Report of the Imperial Institute of Veterinary Research, Muktesar
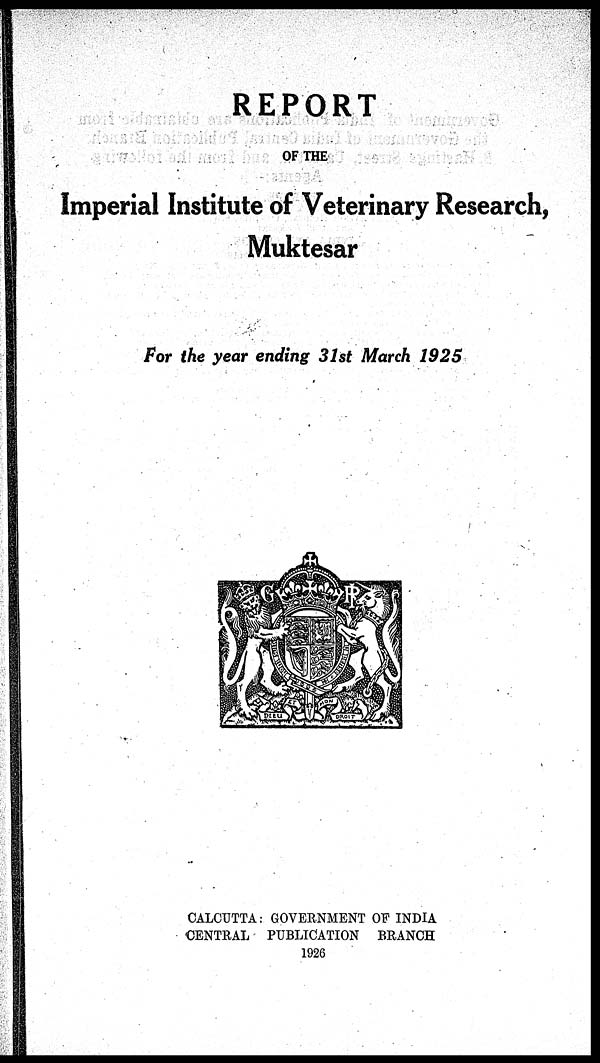
REPORT
OF THE
Imperial Institute of Veterinary Research,
Muktesar
For the year ending 31st March 1925
CALCUTTA : GOVERNMENT OF INDIA
CENTRAL PUBLICATION BRANCH
1926